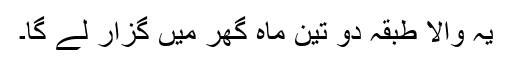
یہ والا طبقہ دو تین ماہ گھر میں گزار لے گا۔